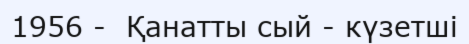
1956 -  Қанатты сый - күзетші